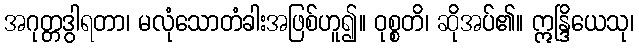
အဂုတ္တဒွါရတာ၊ မလုံသောတံခါးအဖြစ်ဟူ၍။ ဝုစ္စတိ၊ ဆိုအပ်၏။ ဣန္ဒြိယေသု၊